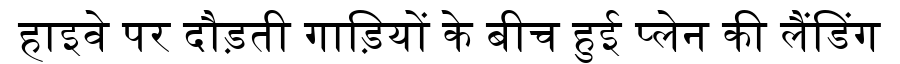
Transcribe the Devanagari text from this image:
हाइवे पर दौड़ती गाड़ियों के बीच हुई प्लेन की लैंडिंग